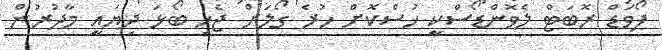
ފޯވަޑް ރޮބަޓް ލެވޮންޑޯސްކީ ހުސްކޮށް ހުރެ ގޯލަށް ޖެހި ބޯޅަ ދިޔައީ މާދުރުން